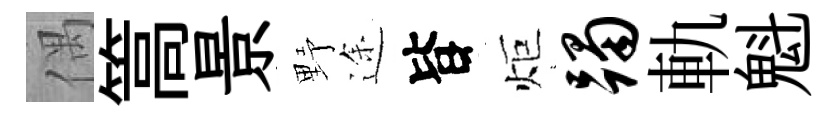
偶篙景野途𣅜炬躅軌魁